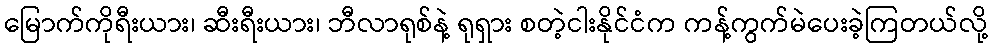
မြောက်ကိုရီးယား၊ ဆီးရီးယား၊ ဘီလာရုစ်နဲ့ ရုရှား စတဲ့ငါးနိုင်ငံက ကန့်ကွက်မဲပေးခဲ့ကြတယ်လို့